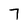
Character: 7